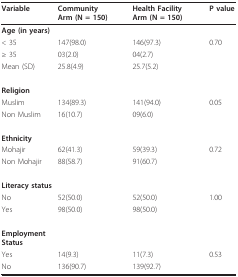
| Variable | Community Arm (N = 150) | Health Facility Arm(N = 150) | P value |
 | --- | --- | --- | --- |
 | Age (in years) |  |  |  |
 | < 35 | 147(98.0) | 146(97.3) | 0.70 |
 | ≥ 35 | 03(2.0) | 04(2.7) |  |
 | Mean (SD) | 25.8(4.9) | 25.7(5.2) |  |
 | Religion |  |  |  |
 | Muslim | 134(89.3) | 141(94.0) | 0.05 |
 | Non Muslim | 16(10.7) | 09(6.0) |  |
 | Ethnicity |  |  |  |
 | Mohajir | 62(41.3) | 59(39.3) | 0.72 |
 | Non Mohajir | 88(58.7) | 91(60.7) |  |
 | Literacy status |  |  |  |
 | No | 52(50.0) | 52(50.0) | 1.00 |
 | Yes | 98(50.0) | 98(50.0) |  |
 | Employment Status |  |  |  |
 | Yes | 14(9.3) | 11(7.3) | 0.53 |
 | No | 136(90.7) | 139(92.7) |  |